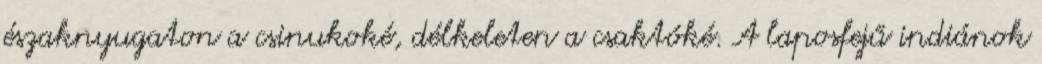
északnyugaton a csinukoké, délkeleten a csaktóké. A laposfejű indiánok